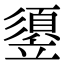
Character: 䇓